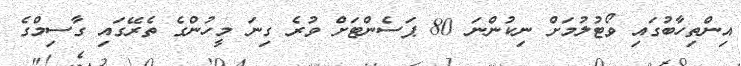
އިންތިހާބުގައި ވޯޓުލުމަށް ނިކުންނަ 80 ޕަސެންޓަށް ވުރެ ގިނަ މީހުންގެ ތެރޭގައި ގާސިމްގެ